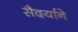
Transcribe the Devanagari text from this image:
सैदर्याने